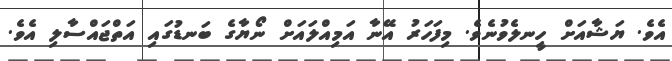
އެވެ. ޔަޝާއަށް ހީނލެވުނެވެ. މިފަހަރު އޭނާ އަމިއްލައަށް ނޯޔާގެ ބަނޑުގައި އަތްޖައްސާލި އެވެ.